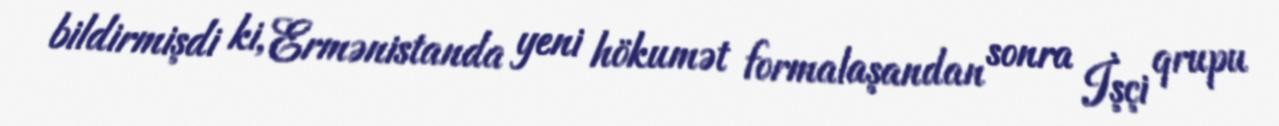
bildirmişdi ki, Ermənistanda yeni hökumət formalaşandan sonra İşçi qrupu